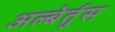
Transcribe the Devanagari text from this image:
अल्बेर्तुस